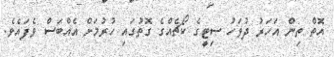
އޮތް ތިން އަހަރު ދުވަހު ސިޓީގެ ކޯޗެއްގެ ގޮތުގައި ހުރުމަށް އެއްބަސް ވެފައެވެ.